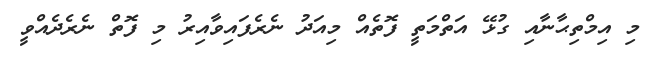
މި އިމްތިޙާނާއި ގުޅޭ އަތްމަތީ ފޮތެއް މިއަދު ނެރެފައިވާއިރު މި ފޮތް ނެރެދެއްވީ